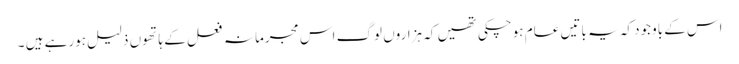
اس کے باوجود کہ یہ باتیں عام ہوچکی تھیں کہ ہزاروں لوگ اس مجرمانہ فعل کے ہاتھوں ذلیل ہورہے ہیں ۔